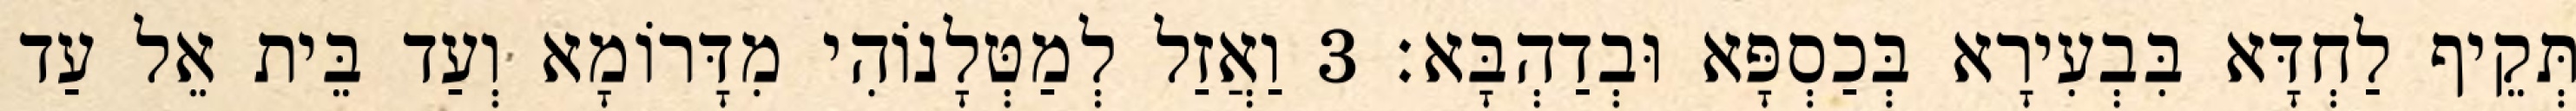
תְּקֵיף לַחְדָּא בִּבְעִירָא בְּכַסְפָּא וּבְדַהְבָּא׃ 3 וַאֲזַל לְמַטְּלָנוֹהִי מִדָּרוֹמָא וְעַד בֵּית אֵל עַד